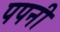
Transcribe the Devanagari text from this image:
पपनी